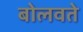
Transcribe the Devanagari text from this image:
बोलवते